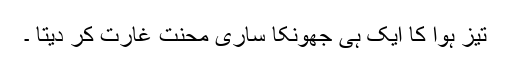
تیز ہوا کا ایک ہی جھونکا ساری محنت غارت کر دیتا ۔